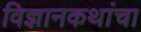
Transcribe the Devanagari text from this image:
विज्ञानकथांचा